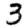
Digit: 3